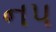
નપ